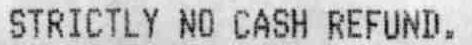
STRICTLY NO CASH REFUND.